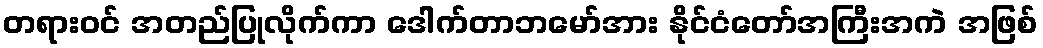
တရားဝင် အတည်ပြုလိုက်ကာ ဒေါက်တာဘမော်အား နိုင်ငံတော်အကြီးအကဲ အဖြစ်